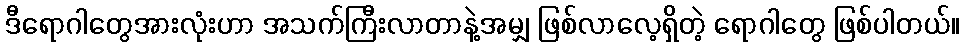
ဒီရောဂါတွေအားလုံးဟာ အသက်ကြီးလာတာနဲ့အမျှ ဖြစ်လာလေ့ရှိတဲ့ ရောဂါတွေ ဖြစ်ပါတယ်။